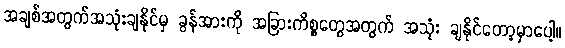
အချစ်အတွက်အသုံးချနိုင်မှ ခွန်အားကို အခြားကိစ္စတွေအတွက် အသုံး ချနိုင်တော့မှာပေါ့။